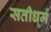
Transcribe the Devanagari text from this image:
सतीधर्म